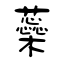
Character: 蘂